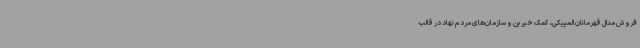
فروش مدال قهرمانان المپیکی، کمک خیرین و سازمان‌های مردم نهاد در قالب